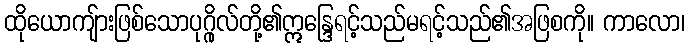
ထိုယောကျ်ားဖြစ်သောပုဂ္ဂိုလ်တို့၏ဣန္ဒြေရင့်သည်မရင့်သည်၏အဖြစကို။ ကာလော၊